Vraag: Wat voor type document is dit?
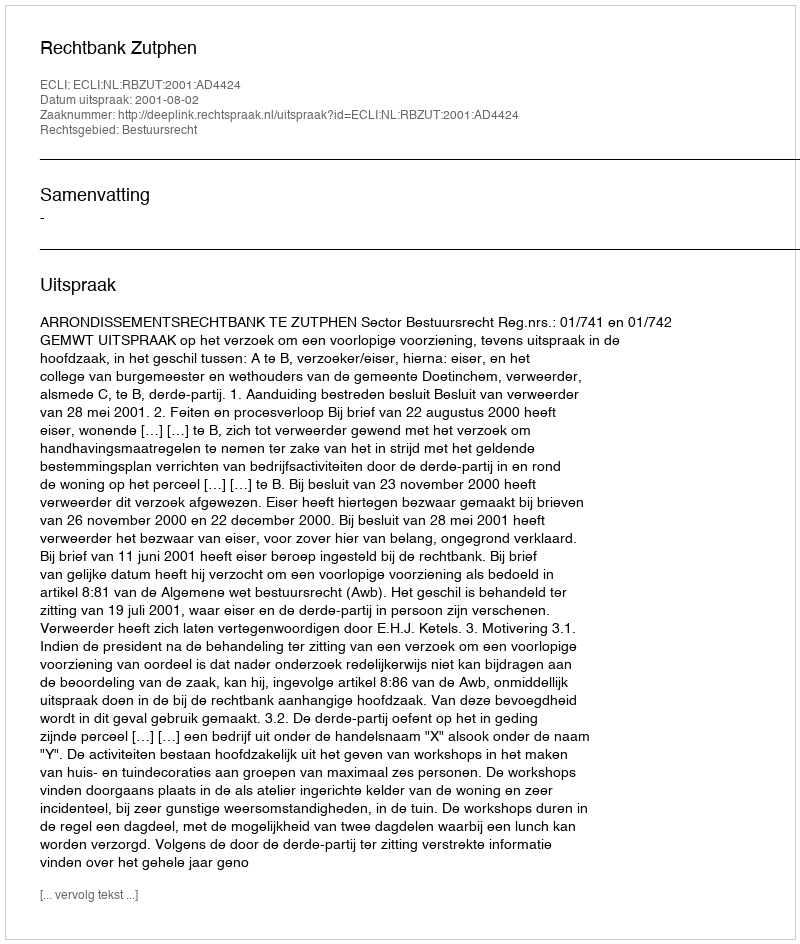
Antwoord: Uitspraak